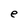
Character: e